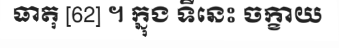
ធាតុ [62] ។ ក្នុង ទីនេះ ចក្ខាយ